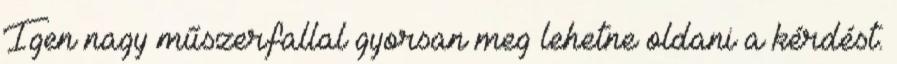
Igen nagy műszerfallal gyorsan meg lehetne oldani a kérdést.